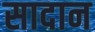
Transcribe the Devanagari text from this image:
सादान